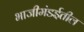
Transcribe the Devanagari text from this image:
भाजीमंडईतील